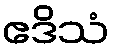
ဧဒိသံ